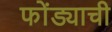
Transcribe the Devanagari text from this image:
फोंड्याची